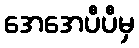
အေအေပီပီမှ